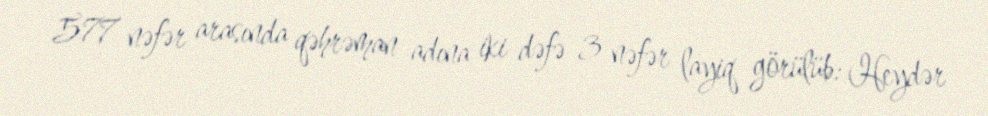
577 nəfər arasında qəhrəman adına iki dəfə 3 nəfər layiq görülüb: Heydər